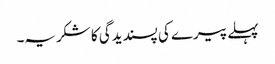
پہلے پیرے کی پسندیدگی کا شکریہ۔